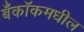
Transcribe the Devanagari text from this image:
बँकॉकमधील